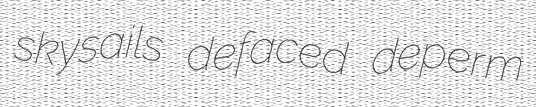
skysails defaced deperm